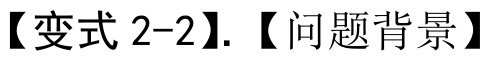
【变式 2-2】. 【问题背景】